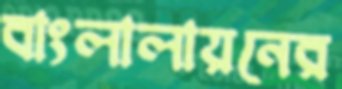
বাংলালায়নের